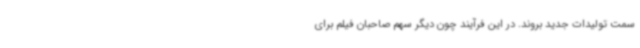
سمت تولیدات جدید بروند. در این فرآیند چون دیگر سهم صاحبان فیلم برای